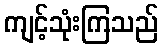
ကျင့်သုံးကြသည်